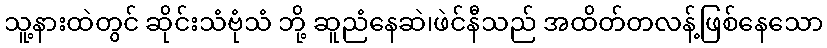
သူ့နားထဲတွင် ဆိုင်းသံဗုံသံ ဘို့ ဆူညံနေဆဲ၊ဖဲင်နီသည် အထိတ်တလန့်ဖြစ်နေသော